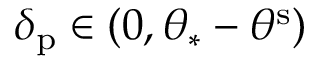
\delta _ { \mathrm { p } } \in ( 0 , \theta _ { \ast } - \theta ^ { \mathrm { s } } )